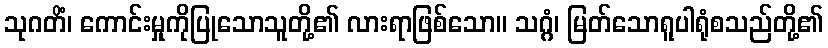
သုဂတိံ၊ ကောင်းမှုကိုပြုသောသူတို့၏ လားရာဖြစ်သော။ သဂ္ဂံ၊ မြတ်သောရူပါရုံစသည်တို့၏